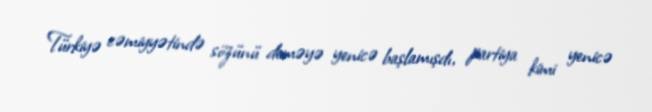
Türkiyə cəmiyyətində sözünü deməyə yenicə başlamışdı, partiya kimi yenicə